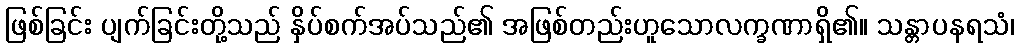
ဖြစ်ခြင်း ပျက်ခြင်းတို့သည် နှိပ်စက်အပ်သည်၏ အဖြစ်တည်းဟူသောလက္ခဏာရှိ၏။ သန္တာပနရသံ၊